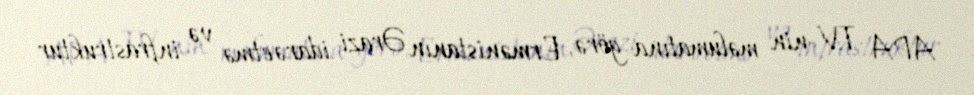
APA TV-nin məlumatına görə, Ermənistanın Ərazi idarəetmə və infrastruktur